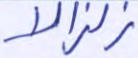
زلزالا